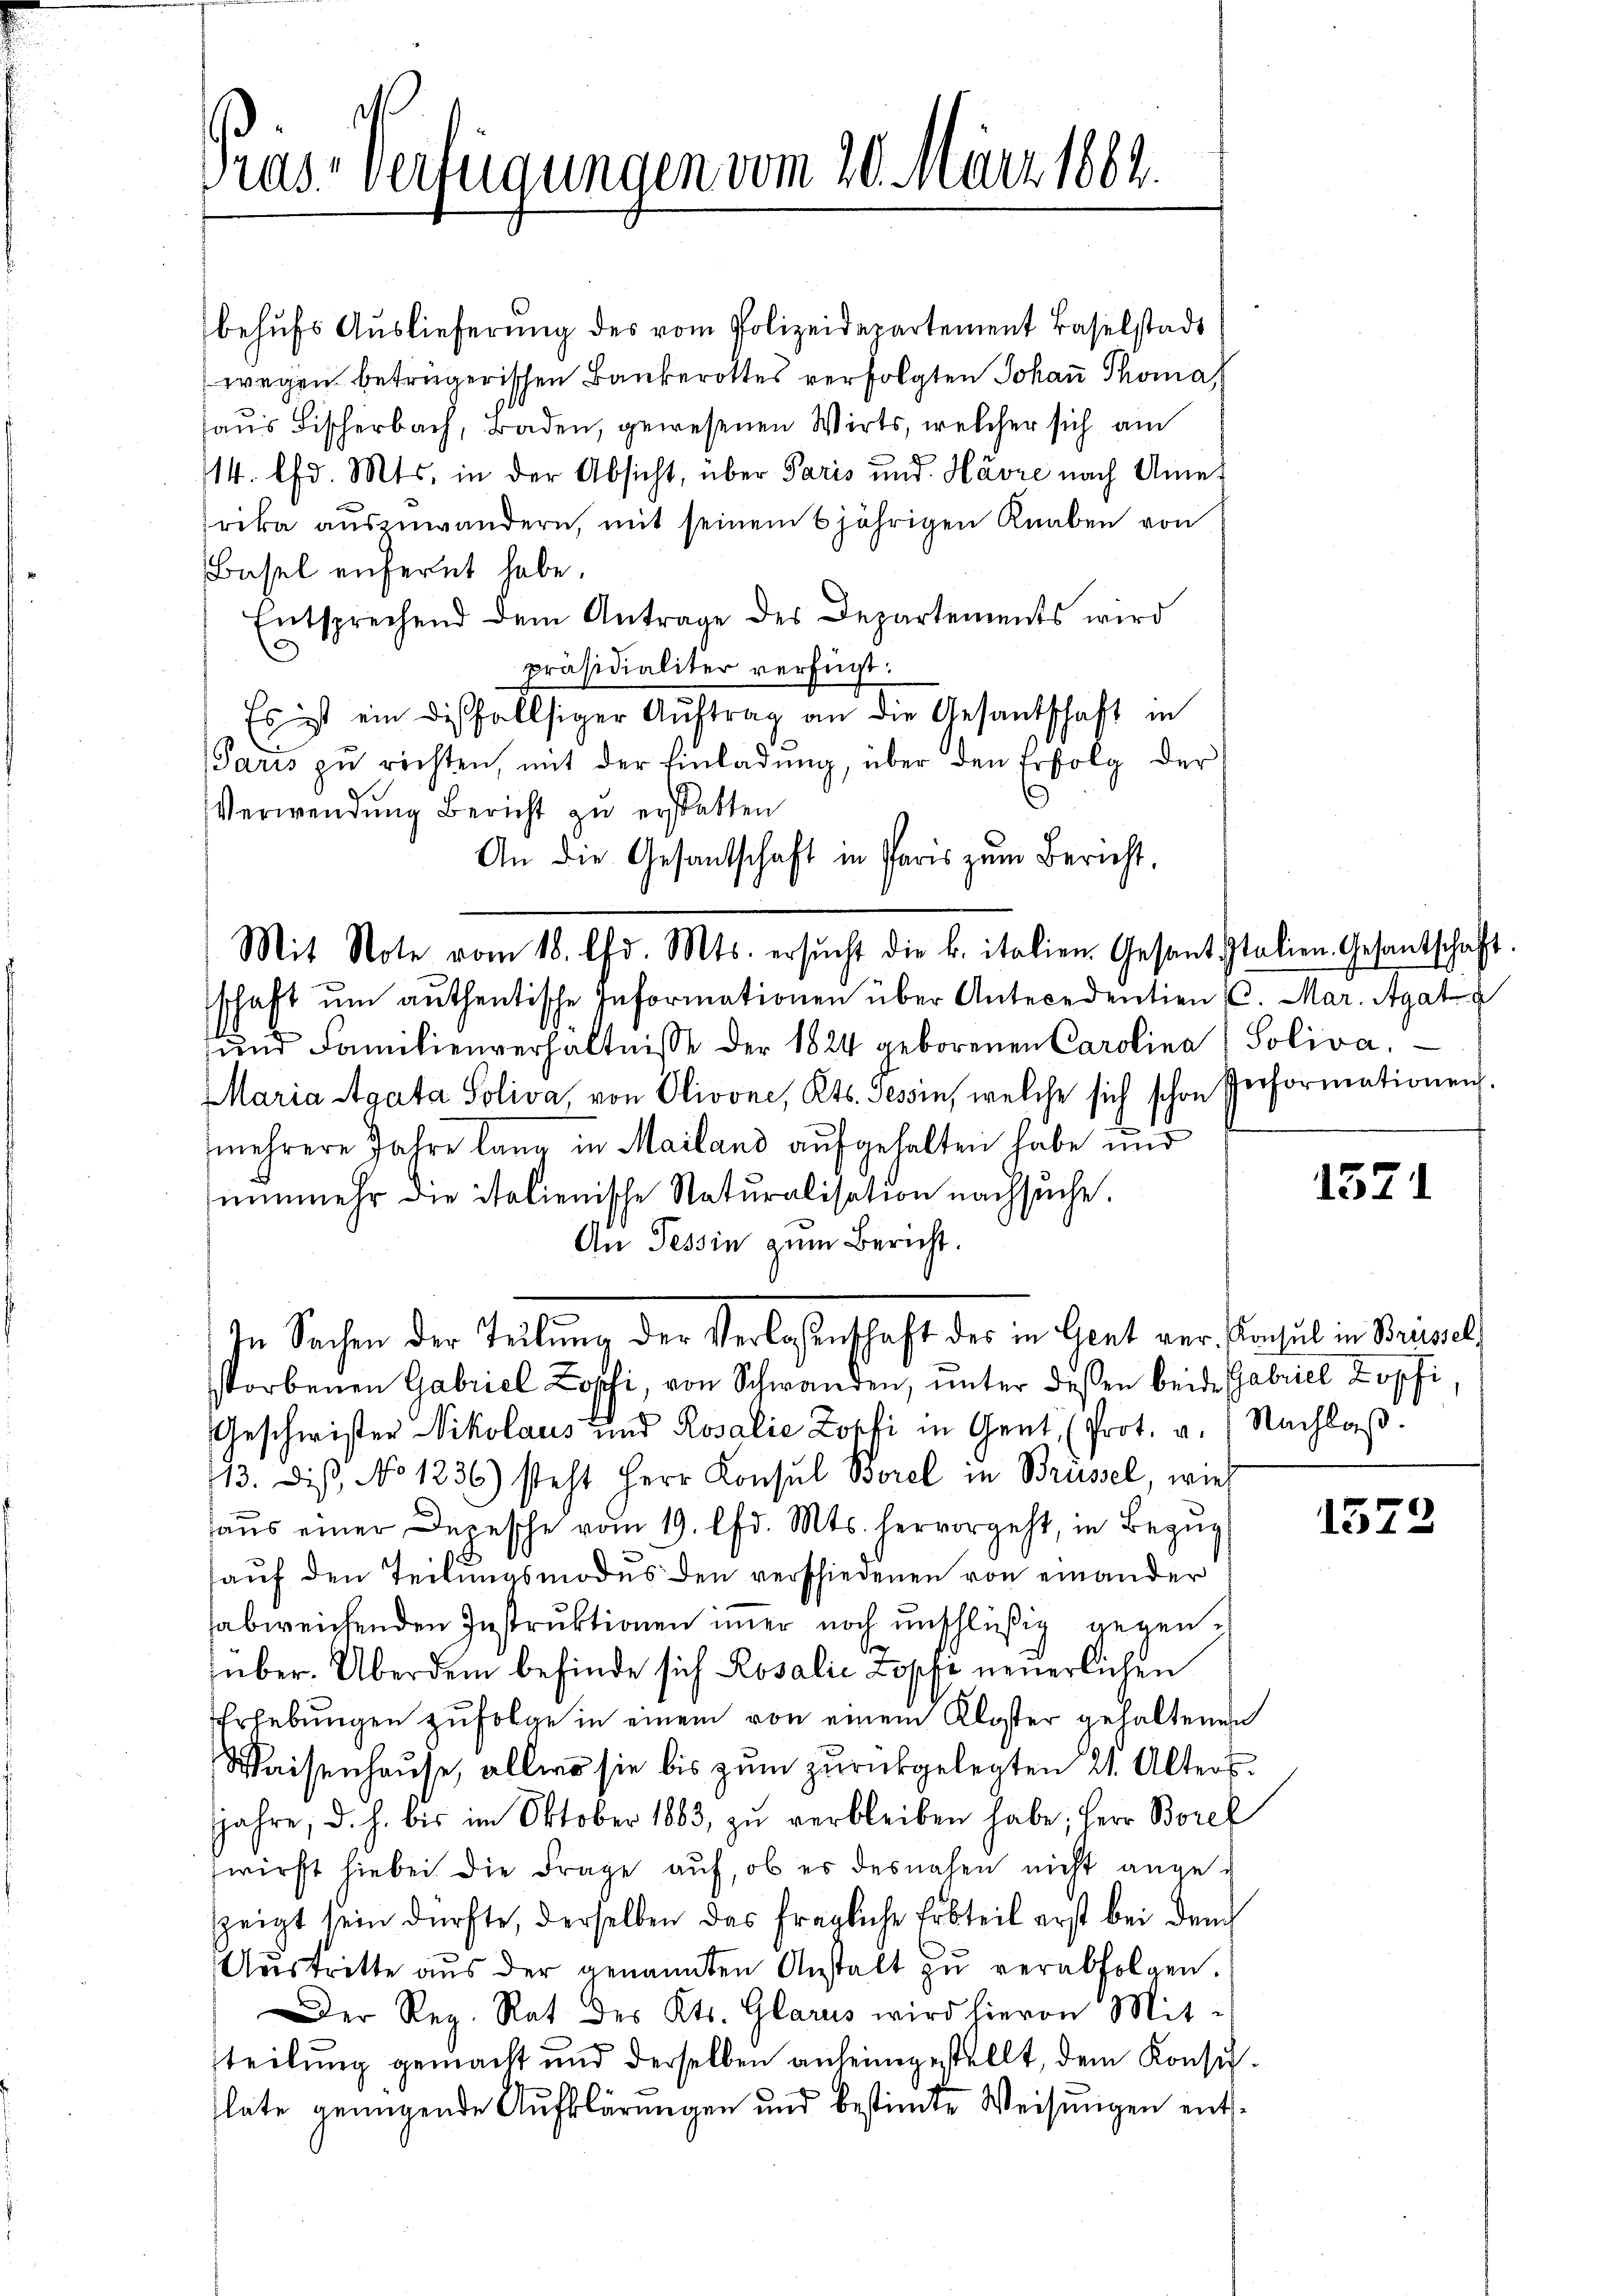
Gras Verfügungen vom 20. März 1862.

behufs Auslieferung des vom Polizeidepartement Baselstadt
wegen beträgerischen Bankerottes verfolgten Johan Thoma
haus Fischerbach, Baden, gewesenen Wirts, welcher sich am
114. d. Mts. in der Absicht, über Paris und Havre nach Amerika auszuwandern, mit seinem 6jährigen Knaben von
Basel enfernt habe.
Entsprechend dem Antrage des Departements wird
präsidialiter verfügt:
Es ist ein diesfallsiger Aŭftrag an die Gesandschaft in
Paris zŭ richten, mit der Einladŭng, über den Erfolg der
Verwendung Bericht zu erstatten
An die Gesantschaft in Paris zum Bericht,
Mit Note vom 18. d. Mts. ersŭcht die k. italien Gesant stolien-Gesantschaft.
schaft ŭm authentische Informationen über Antecedention (l. Mar. Agata
ŭnd Familienverhältnisse der 1824 geborenen Carolina) Soliva.
Maria Agata Soliva, von Olivone, Kts. Tessin, welche sich schon Performationen.
e
mehrere Jahre lang in Mailand aufgehalten habe und
nunmehr die italienische Naturalisation nachsuche.
An Tessin zum Bericht.
In Sachen der Teilung der Verlaßenschaft des in Gent ver- Konsul in Brudel
storbenen Gabriel Loschi, von Schwanden, unter dessen beide Gabriel Zopfi
Geschwister Nikolaus und Rosalie Dorfi in Gent, (Prot. a. / Nachlaβ.
13. dieß, No 1236) steht Herr Konsul Borel in Brüssel, wied
haŭs einer Depesche vom 19. lfd. Mts. hervorgeht, in Bezŭg
hauf den Teilungsmodus den verschiedenen von einander
habweichenden Instruktionen immer noch unschlüßig gegenüber. Überdem befinde sich Rosalić Lopfi neuerlichen
Erhebungen zufolge in einem von einem Kloster gehaltenen
Waisenhause, allwo sie bis zum zurückgelegten 21. Alters.
jahre, d. h. bis im Oktober 1883, zŭ verbleiben habe; Herr Borel
fwirft hiebei die Frage auf, ob es desnahen nicht angezeigt sein dürfte, derselben das fragliche Erbteil erst bei dem
Aŭstritte aŭs der genannten Anstalt zŭ verabfolgen.
Der Reg. Rat des Kts. Glarus wird hievon Mit-
teilung gemacht und derselben anheimgestellt, dem Konsulate genügende Aufklärungen und bestimte Weisungen ent¬

1571

1572